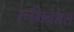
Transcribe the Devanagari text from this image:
रूमिनेशंस